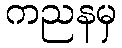
ကညနမှ